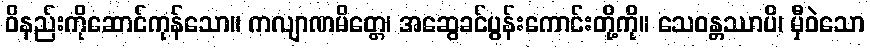
ဝိနည်းကိုဆောင်ကုန်သော။ ကလျာဏမိတ္တေ၊ အဆွေခင်ပွန်းကောင်းတို့ကို။ သေဝန္တဿာပိ၊ မှီဝဲသော